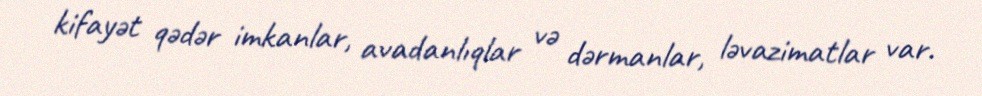
kifayət qədər imkanlar, avadanlıqlar və dərmanlar, ləvazimatlar var.